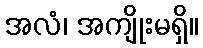
အလံ၊ အကျိုးမရှိ။